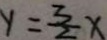
y = \frac { 3 } { 2 } x